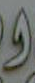
و